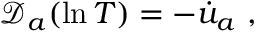
\mathscr { D } _ { a } ( \ln T ) = - \dot { u } _ { a } ~ ,